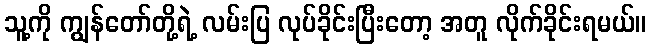
သူ့ကို ကျွန်တော်တို့ရဲ့ လမ်းပြ လုပ်ခိုင်းပြီးတော့ အတူ လိုက်ခိုင်းရမယ်။